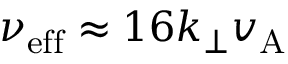
\nu _ { \mathrm { e f f } } \approx 1 6 k _ { \perp } v _ { \mathrm { A } }